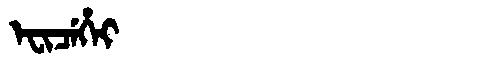
Manchu: ᡝᠸᡳᠴᡝᡥᡝᡳ
Romanization: EFICEHEI